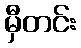
မှီတင်း